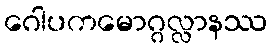
ဂေါပကမောဂ္ဂလ္လာနဿ